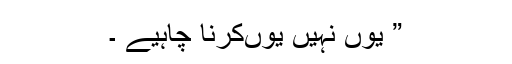
” یوں نہیں یوںکرنا چاہیے ۔